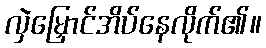
လှဲမြှောင်အိပ်နေလိုက်၏။